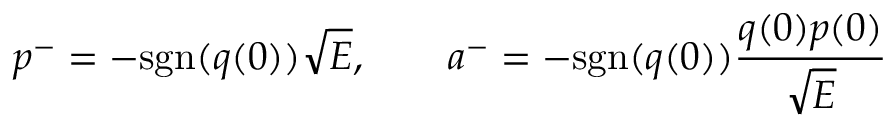
p ^ { - } = - \mathrm { s g n } ( q ( 0 ) ) \sqrt { E } , \qquad a ^ { - } = - \mathrm { s g n } ( q ( 0 ) ) \frac { q ( 0 ) p ( 0 ) } { \sqrt { E } }